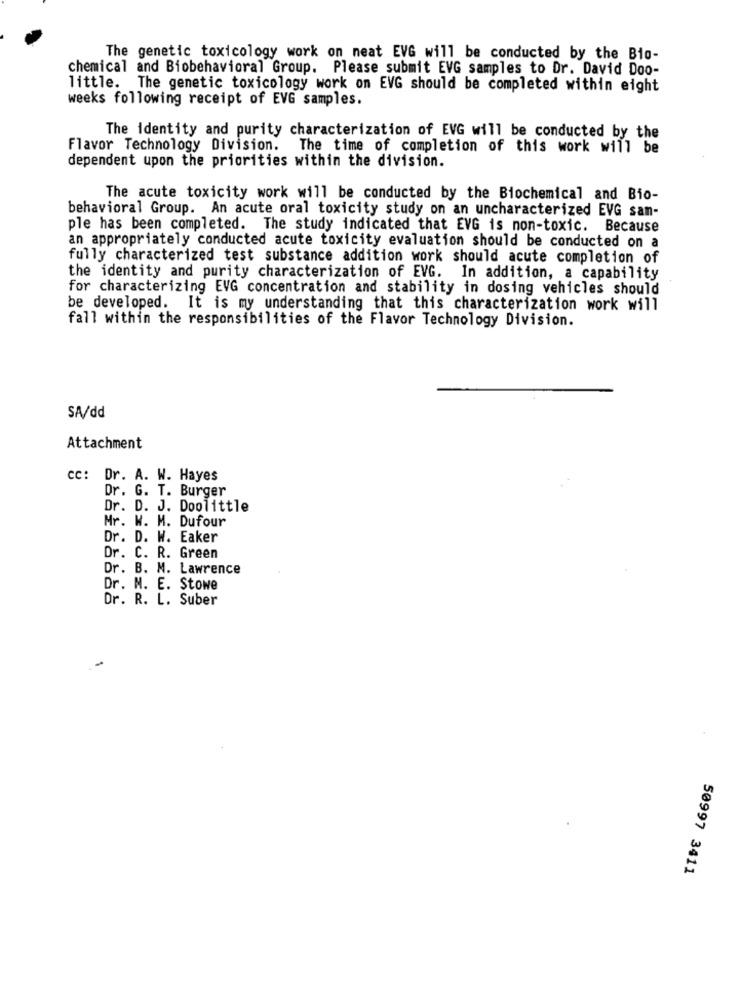
The genetic toxicology work on neat EVG will be conducted by the Bio-
chemical and Biobehavioral Group. Please submit EVG samples to Dr. David Doo-
little. The genetic toxicology work on EVG should be completed within eight
weeks following receipt of EVG samples.
The identity and purity characterization of EVG will be conducted by the
Flavor Technology Division.
The time of completion of this work will be
dependent upon the priorities within the division.
The acute toxicity work will be conducted by the Biochemical and Bio-
behavioral Group. An acute oral toxicity study on an uncharacterized EVG san-
ple has been completed. The study indicated that EVG is non-toxic. Because
an appropriately conducted acute toxicity evaluation should be conducted on a
fully characterized test substance addition work should acute completion of
the identity and purity characterization of EVG. In addition, a capability
for characterizing EVG concentration and stability in dosing vehicles should
be developed. It is my understanding that this characterization work will
fall within the responsibilities of the Flavor Technology Division.
SA/dd
Attachment
cc: Dr. A. W. Hayes
Dr. G. T. Burger
Dr. D. J. Doolittle
Mr. W. M. Dufour
Dr. D. W. Eaker
Dr. C. R. Green
Dr. B. M. Lawrence
Dr. M. E. Stowe
Dr. R. L. Suber
50997 3411